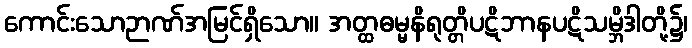
ကောင်းသောဉာဏ်အမြင်ရှိသော။ အတ္ထဓမ္မနိရုတ္တိပဋိဘာနပဋိသမ္ဘိဒါတို့၌၊